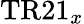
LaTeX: \mathrm{TR21}_{x}